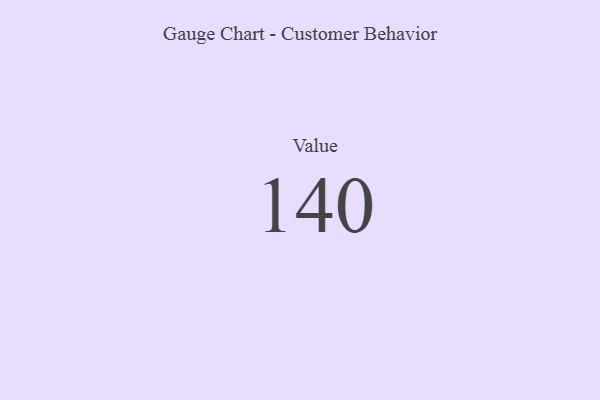
{"axis": {"x": "Metric", "y": "Value"}, "legend": [""], "data": [{"x": "Value", "y": 140, "type": ""}]}